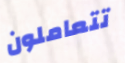
تتعاملون